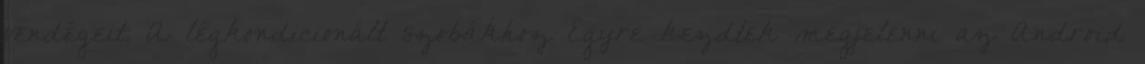
vendégeit. A légkondicionált szobákhoz Egyre kezdtek megjelenni az Android